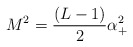
\begin{align*}M^2=\frac{(L-1)}2\alpha _{+}^2 \end{align*}